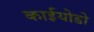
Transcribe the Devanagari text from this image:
काईयोडो